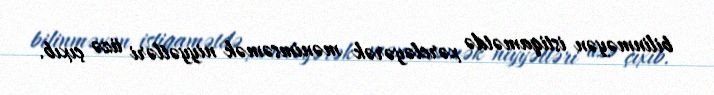
bilinməyən istiqamətdə xərcləyərək mənimsəmək niyyətləri üzə çıxıb.